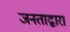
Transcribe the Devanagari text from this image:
जनताद्वारा